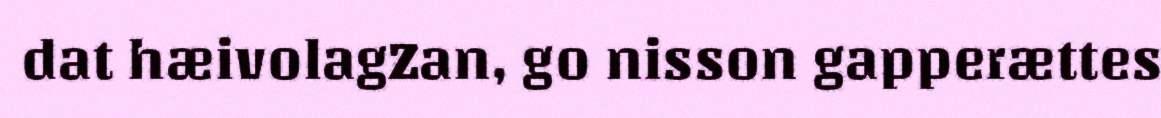
dat hæivolagZan, go nisson gapperættes